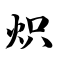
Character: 炽